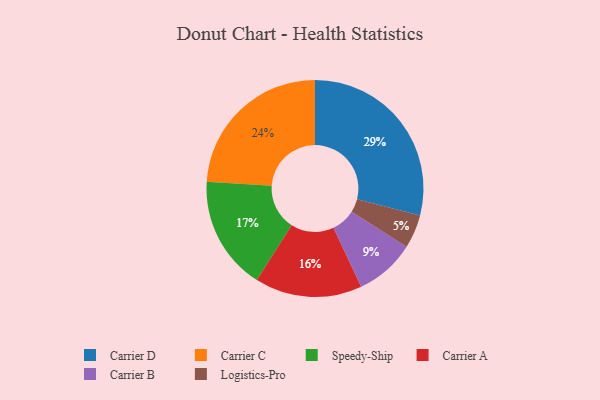
{"axis": {"x": "Category", "y": "Percentage"}, "legend": ["Carrier A", "Carrier B", "Carrier C", "Carrier D", "Logistics-Pro", "Speedy-Ship"], "data": [{"x": "Speedy-Ship", "y": 17, "type": "Speedy-Ship"}, {"x": "Carrier A", "y": 16, "type": "Carrier A"}, {"x": "Carrier C", "y": 24, "type": "Carrier C"}, {"x": "Carrier B", "y": 9, "type": "Carrier B"}, {"x": "Carrier D", "y": 29, "type": "Carrier D"}, {"x": "Logistics-Pro", "y": 5, "type": "Logistics-Pro"}]}